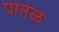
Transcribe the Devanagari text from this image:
पातंळ